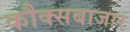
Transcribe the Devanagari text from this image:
कौक्सबाजार